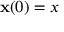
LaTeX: \mathbf { x } ( 0 ) = x